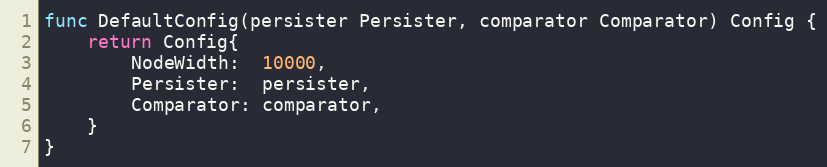
Language: Go
func DefaultConfig(persister Persister, comparator Comparator) Config {
	return Config{
		NodeWidth:  10000,
		Persister:  persister,
		Comparator: comparator,
	}
}